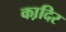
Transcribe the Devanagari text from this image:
का़दिर